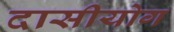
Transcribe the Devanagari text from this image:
दासीयोग